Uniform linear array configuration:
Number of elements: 8
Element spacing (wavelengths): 0.5
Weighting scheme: blackman
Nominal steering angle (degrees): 0
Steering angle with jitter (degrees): -0.9474
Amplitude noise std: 0.05
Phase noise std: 0.05

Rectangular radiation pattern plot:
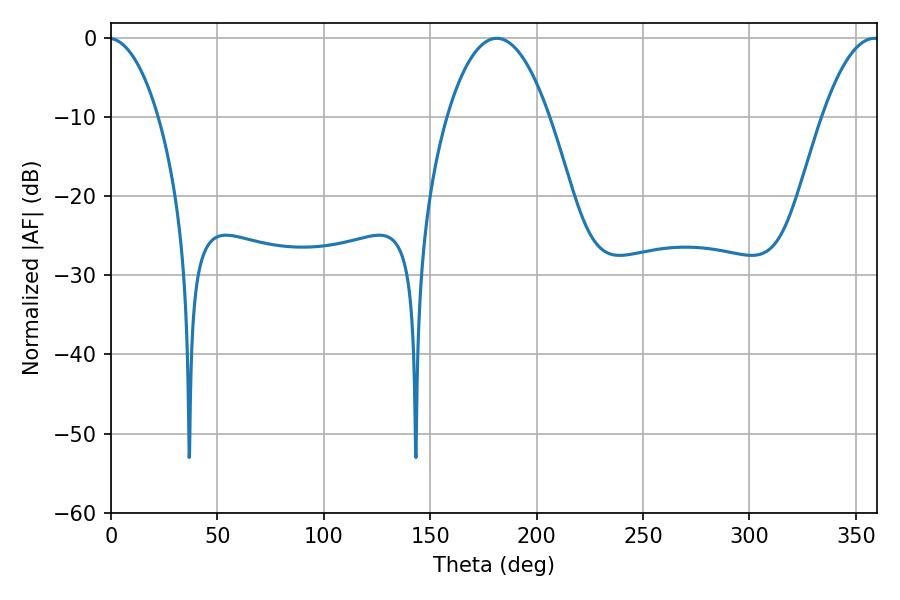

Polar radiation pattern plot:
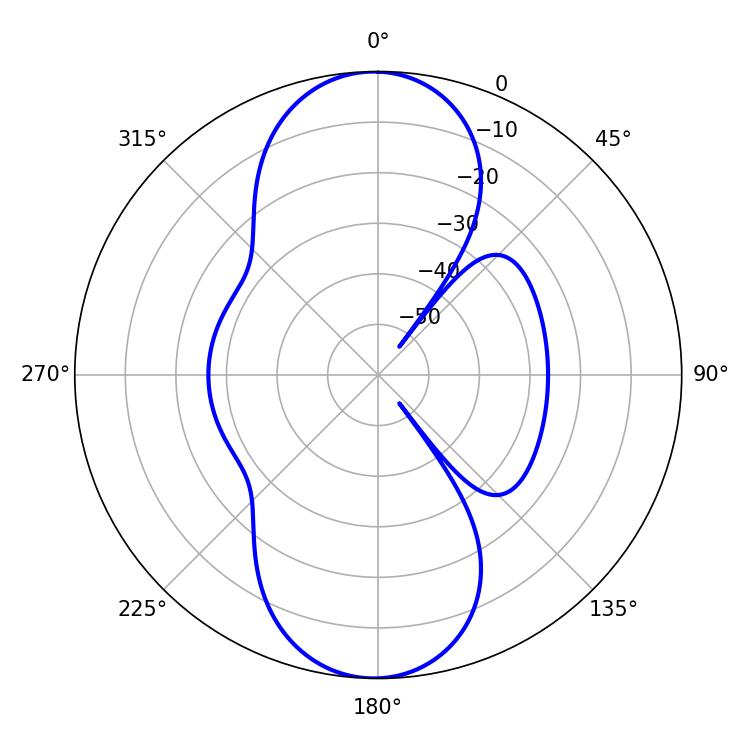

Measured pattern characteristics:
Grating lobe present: FALSE
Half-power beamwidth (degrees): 26.64
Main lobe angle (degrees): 181.26